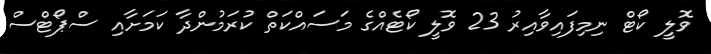
ވޮލީ ކޯޓް ނިމިފައިވާއިރު 23 ވޮލީ ކޯޓެއްގެ މަސައްކަތް ކުރަމުންދާ ކަމަށާއި ސްޕޯޓްސް